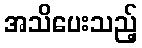
အသိပေးသည့်